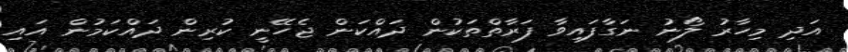
އަދި މިހާރު ލޯނު ނަގާފައިވާ ފަރާތްތަކުން ދައްކަން ޖެހޭނީ ކުރިން ދައްކަމުން އައި